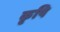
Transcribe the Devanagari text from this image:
कृषि